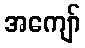
အကျော်